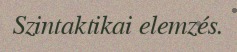
Szintaktikai elemzés.